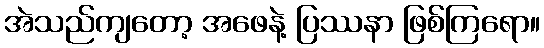
အဲသည်ကျတော့ အဖေနဲ့ ပြဿနာ ဖြစ်ကြရော။